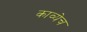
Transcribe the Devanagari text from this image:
काव्येच